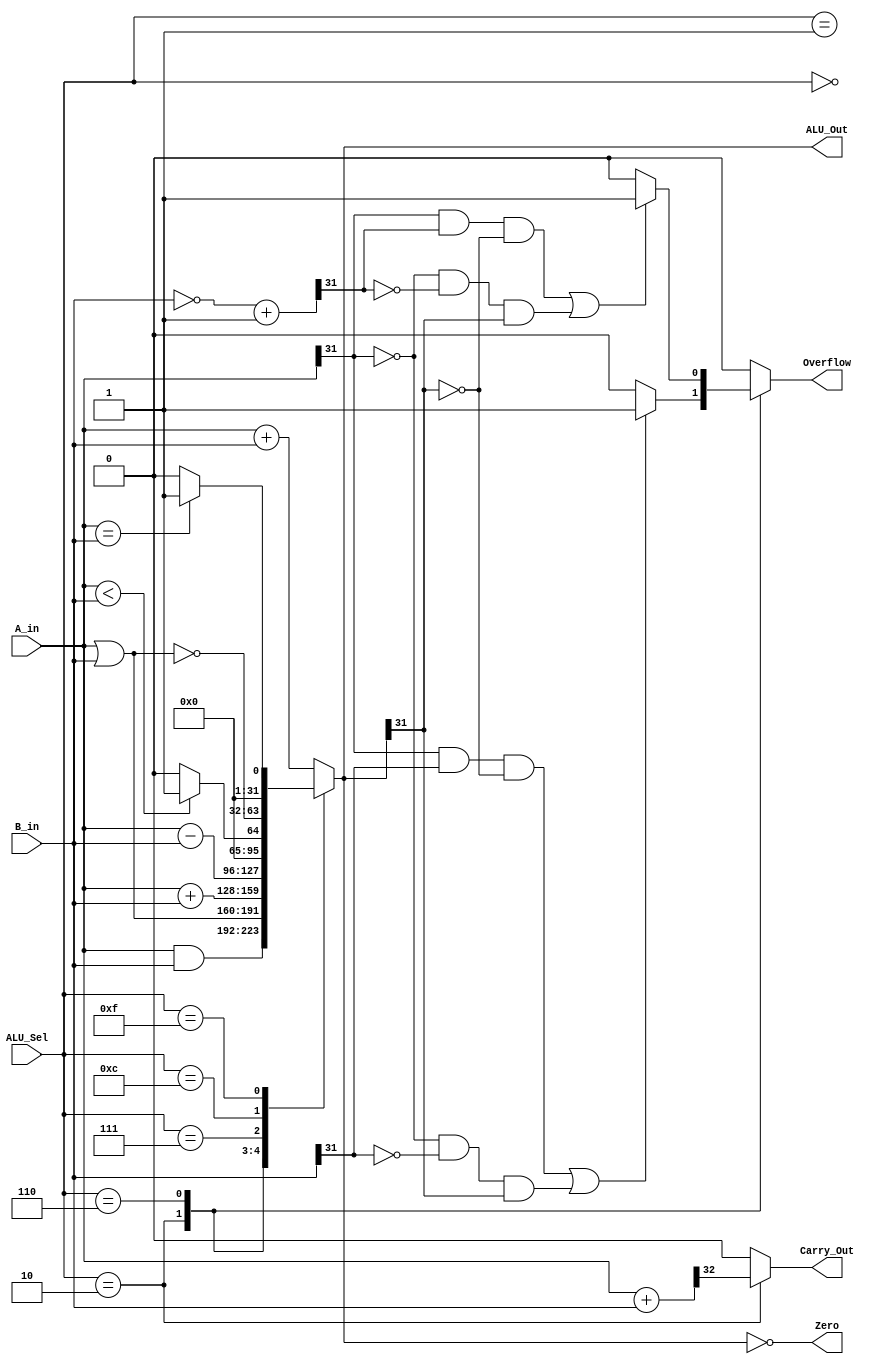
`timescale 1ns / 1ps
//////////////////////////////////////////////////////////////////////////////////
// ALU_32
//////////////////////////////////////////////////////////////////////////////////

module alu_32 (
    input [31 : 0] A_in ,B_in , // ALU 32 bit inputs
    input [3 : 0] ALU_Sel , // ALU 4 bits selection
    output [31 : 0] ALU_Out , // ALU 32 bits output
    output reg Carry_Out ,
    output Zero , // 1 bit Zero Flag
    output reg Overflow = 1'b0 // 1 bit Overflow flag
);
reg [31 : 0] ALU_Result ;
reg [32 : 0] temp ;
reg [32 : 0] twos_com ; // to hold 2 'sc of second source of ALU

assign ALU_Out = ALU_Result ; // ALU Out
assign Zero = ( ALU_Result == 0); // Zero Flag

always @ (*)
begin
Overflow = 1'b0;
Carry_Out = 1'b0;
case ( ALU_Sel )
    4'b0000 : // bit - wise and
    ALU_Result = A_in & B_in ;
    
    4'b0001 : // bit - wise or
    ALU_Result = A_in | B_in ;
    
    4'b0010 : // Signed Addition with Overflow and Carry_out checking
    begin
        ALU_Result = $signed ( A_in ) + $signed ( B_in );
        temp = {1'b0 , A_in } + {1'b0 , B_in };
        Carry_Out = temp [32];
        if (( A_in [31] & B_in [31] & ~ ALU_Out [31]) |
 (~ A_in [31] & ~ B_in [31] & ALU_Out [31]))
            Overflow = 1'b1;
        else
            Overflow = 1'b0;
    end
    
    4'b0110 : // Signed Subtraction with Overflow checking
    begin
        ALU_Result = $signed ( A_in ) - $signed ( B_in ) ;
        twos_com = ~( B_in ) + 1 'b1;
        if (( A_in [31] & twos_com [31] & ~ ALU_Out [31]) |
 (~ A_in [31] & ~ twos_com [31] & ALU_Out [31]))
            Overflow = 1 'b1;
        else
            Overflow = 1 'b0;
    end
    
    4'b0111 : // Signed less than comparison
        ALU_Result = ( $signed ( A_in ) < $signed ( B_in ))?32'd1: 32'd0;
    4'b1100 : 
        ALU_Result = ~( A_in | B_in );
    4'b1111 : // Equal comparison
        ALU_Result = ( A_in == B_in )?32'd1: 32'd0;
    default : 
        ALU_Result = A_in + B_in ;

endcase
end

endmodule